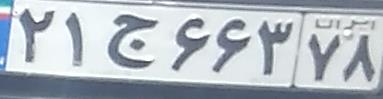
۲۱ج۶۶۳۷۸